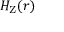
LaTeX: H _ { \mathrm { { Z } } } ( { \boldsymbol { r } } )